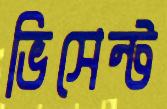
ভিসেন্ট